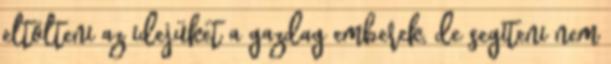
eltölteni az idejüket a gazdag emberek, de segíteni nem